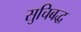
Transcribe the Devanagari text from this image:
सुचिबद्ध